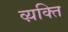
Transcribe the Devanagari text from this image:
व्य़क्ति